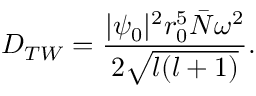
D _ { T W } = \frac { | \psi _ { 0 } | ^ { 2 } r _ { 0 } ^ { 5 } \bar { N } \omega ^ { 2 } } { 2 \sqrt { l ( l + 1 ) } } .